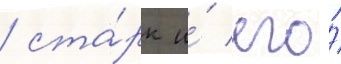
/ ста́рк и́ его́